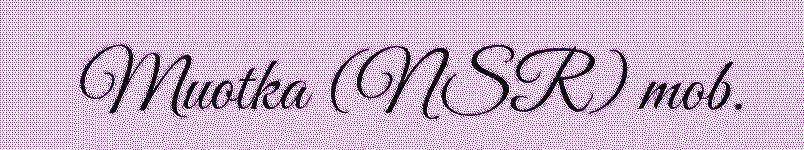
Muotka (NSR) mob.